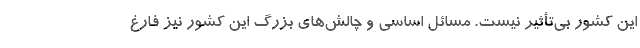
این کشور بی‌تأثیر نیست. مسائل اساسی و چالش‌های بزرگ این کشور نیز فارغ